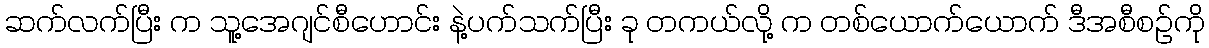
ဆက်လက်ပြီး က သူ့အေဂျင်စီဟောင်း နဲ့ပက်သက်ပြီး ခု တကယ်လို့ က တစ်ယောက်ယောက် ဒီအစီစဉ်ကို